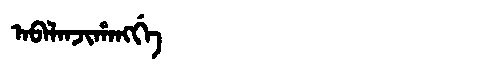
Manchu: ᠠᠪᠠᠯᠠᠨᠵᡳᡥᠠᠩᡤᡝ
Romanization: ABALANJIHANGGE